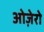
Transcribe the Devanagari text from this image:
ओज़ेरो